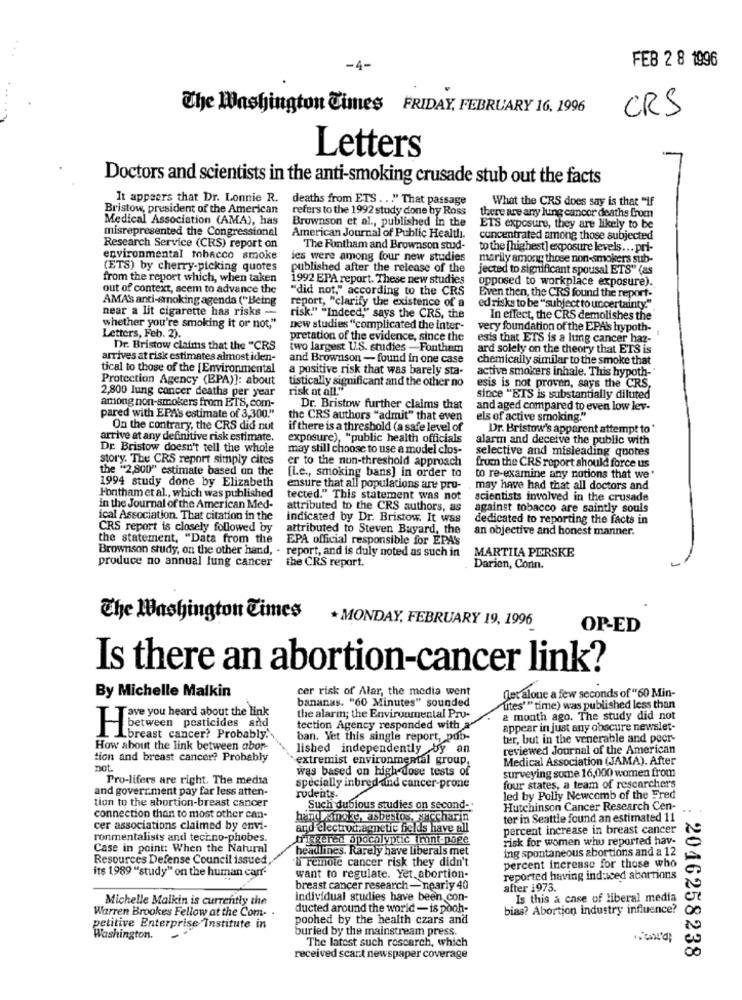
FEB 2 8 1996
-4-
The Washington Cimes FRIDAY, FEBRUARY 16, 1996
CRS
Letters
Doctors and scientists in the anti-smoking crusade stub out the facts
It appears that Dr. Lonnie R.
deaths from ETS ... " That passage
What the CRS does say is that "if
Bristow, president of the American
refers to the 1992 study done by Ross
Medical Association (AMA), has
Brownson et al ., published in the
there are any lung cancer deaths from
misrepresented the Congressional
ETS exposure, they are likely to be
American Journal of Public Health.
concentrated among those subjected
Research Service (CRS) report on
The Fontham and Brownson stud-
to the [highest] exposure levels ... pri-
environmental tobacco smoke
les were among four new studies
marily among those non-smokers sub-
(ETS) by cherry-picking quotes
published after the release of the
jected to significant spousal ETS" (as
from the report which, when taken
1992 EPA report. These new studies
opposed to workplace exposure).
out of context, seem to advance the
"did not," according to the CRS
AMA's anti-smoking agenda (" Being
report, "clarify the existence of a
Even then, the CRS found the report-
near a lit cigarette has risks -
ed risks to be " subject to uncertainty."
risk." "Indeed," says the CRS, the
In effect, the CRS demolishes the
whether you're smoking it or not,"
new studies "complicated the inter-
very foundation of the EPAis hypoth-
Letters, Feb. 2).
pretation of the evidence, since the
esis that ETS is a lung cancer haz-
Dr. Bristow claims that the "CRS
two largest U.S. studies -Fontham
ard solely on the theory that ETS is
arrives at risk estimates almost iden-
and Brownson - found in one case
chemically similar to the smoke that
tical to those of the [Environmental
a positive risk that was barely sta-
active smokers inhale. This hypoth-'
Protection Agency (BPA)]: about
tistically significant and the other no
esis is not proven, says the CRS,
2,800 lung cancer deaths per year
risk at all."
among non-smokers from ETS, com-
since "ETS is substantially diluted
Dr. Bristow further claims that
and aged compared to even low lev-
pared with EPAS estimate of 3,300."
the CRS authors "admit" that even
els of active smoking."
On the contrary, the CRS did nut
if there is a threshold (a safe level of
Dr. Bristow's apparent attempt to '
arrive at any definitive risk estimate.
exposure), "public health officials
alarm and deceive the public with
Dr. Bristow doesn't tell the whole
may still choose to use a model clos-
selective and misleading quotes
story. The CRS report simply cites
er to the non-threshold approach
the "2,800" estimate based on the
from the CRS report should force us
1994 study done by Elizabeth
[l.c ., smoking bans] in order to
to re-examine any notions that we'
ensure that all populations are pru-
may have had that all doctors and
Fontham et al ., which was published
tected." This statement was not
scientists involved in the crusade
in the Journal of the American Med-
attributed to the CRS authors, as
against tobacco are saintly souls
ical Association. That citation in the
indicated by Dr. Bristow. It was
dedicated to reporting the facts in
CRS report is closely followed by
attributed to Steven Bayard, the
an objective and honest manner.
the statement, "Data from the
EPA official responsible for EPA's
Brownson study, on the other hand, . report, and is duly noted as such in
MARTILA PERSKE
produce no annual lung cancer
the CRS report.
Darien, Conn.
The Washington Times
* MONDAY, FEBRUARY 19, 1996
OP-ED
Is there an abortion-cancer link?
cer risk of Alar, the media went
By Michelle Malkin
bananas. "60 Minutes" sounded
fler alone a few seconds of "60 Min-
utes'" time) was published less than
Teve you heard about the link
the alarm; the Environmental Pro-
a month ago. The study did not
tection Agency responded with a
appear in just any obscure newslet-
between pesticides and
Lbreast cancer? Probably.'
ban. Yet this single report, pub-
ter, but in the venerable and peer-
How about the link between abor
lished independently by an
reviewed Journal of the American
tion and breast cancer? Probably
`extremist environmental group.
Medical Association (JAMA). After
not
was based on high dose tests of
surveying some 16,000 women from
Pro-lifers are right. The media
and government pay far less atten-
specially inbred-and cancer-prone
four states, a team of researchers
tion to the abortion-breast cancer
rodents.
led by Polly Newcomb of the Fred
Such dubious studies on second-
Hutchinson Cancer Research Cen-
connection than to most other can-
hand sincke, asbestos, saccharin
ter in Seattle found an estimated 11
cer associations claimed by envi-
and electromagnetic fields have all
percent increase in breast cancer
ronmentalists and techno-phobes.
triggered apocalyptic front-pape
risk for women who reported hav-
Case in point: When the Natural
headlines. Rarely have liberals met
ing spontaneous abortions and a 12
Resources Defense Council issued,
& remote cancer risk they didn't
its 1989 "study" on the human carr-
percent increase for those who
want to regulate. Yet abortion-
reported having induced abortions
breast cancer research-nearly 40
after i973.
Michelle Malkin is currently the
Individual studies have been con-
Is this a case of liberal media
ducted around the world - is pooh-
bias? Abortion industry influence?
Warren Brookes Fellow at the Com-
poohed by the health czars and
petitive Enterprise Institute in
buried by the mainstream press.
Washington.
The latest such research, which
received scart newspaper coverage
2046258238